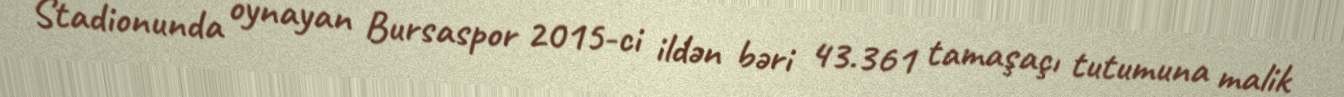
Stadionunda oynayan Bursaspor 2015-ci ildən bəri 43.361 tamaşaçı tutumuna malik